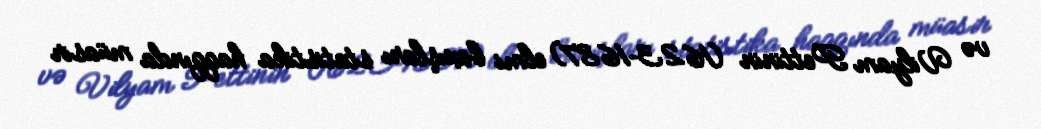
və Vilyam Pettinin (1623–1687) elmi baxışları statistika haqqında müasir